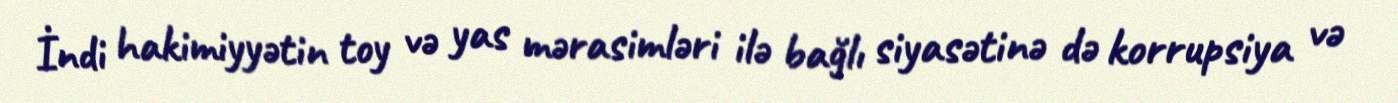
İndi hakimiyyətin toy və yas mərasimləri ilə bağlı siyasətinə də korrupsiya və